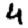
Digit: 4